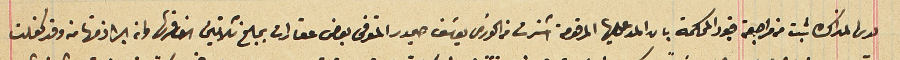
لدى المذاكره ثبت من مراجعة قيود المحكمة بان المدعى عليها المرقومة اشترت من الخورى يوسَف حيمور المتوفى بعض عقارات بمبلغ ثلاثين الف قرش وانه ابرا ذمتها منه وقد كفلت